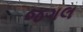
જગલ